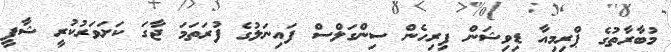
މުބާރާތުގެ ޕްރިމިއާ ޑިވިޝަން ފިރިހެން ސިންގަލްސް ފައިނަލުގެ ފުރަތަމަ ޖާގަ ކަށަވަރުކުރީ ޝާފީ